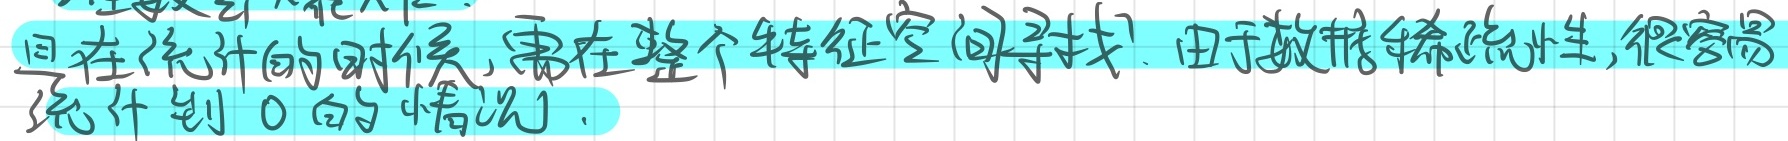
但在统计的时候，需在整个特征空间寻找。由于数据稀疏性，很容易统计到 0 的情况。